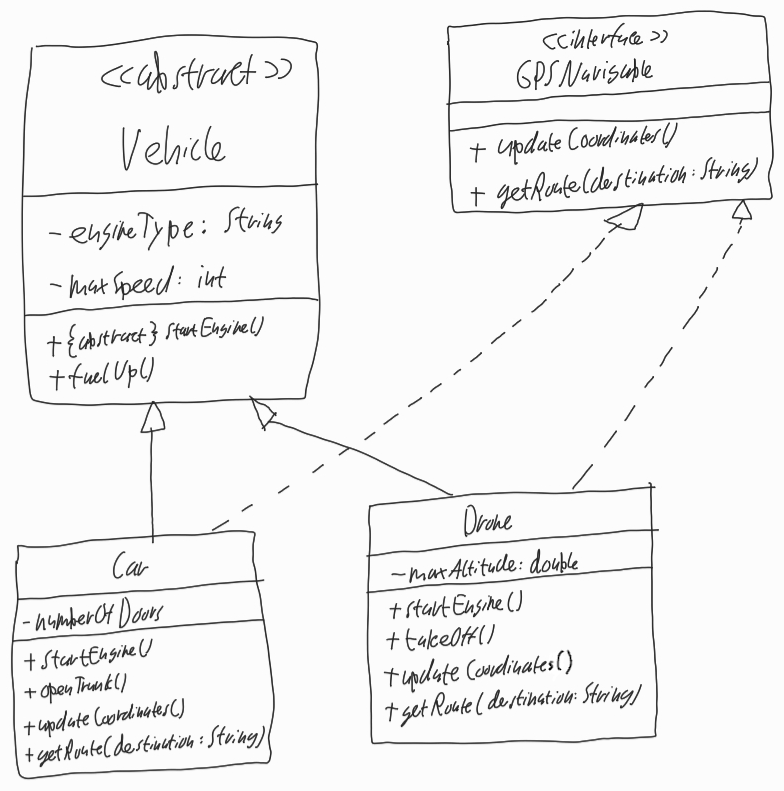
Diagram type: class_diagram
```plantuml
@startuml

abstract Vehicle {
  - engineType: String
  - maxSpeed: int
  + {abstract} startEngine()
  + fuelUp()
}

interface GPSNavigable {
  + updateCoordinates()
  + getRoute(destination: String
}

class Car implements GPSNavigable {
  - numberOfDoors
  + startEngine()
  + updateCoordinates()
  + getRoute(destination: String)
}

class Drone implements GPSNavigable {
  - maxAltitude: double
  + startEngine()
  + takeOff()
  + updateCoordinates()
  + getRoute(destination: String)
}

Vehicle <|-- Car

Vehicle <|-- Drone

@enduml
```